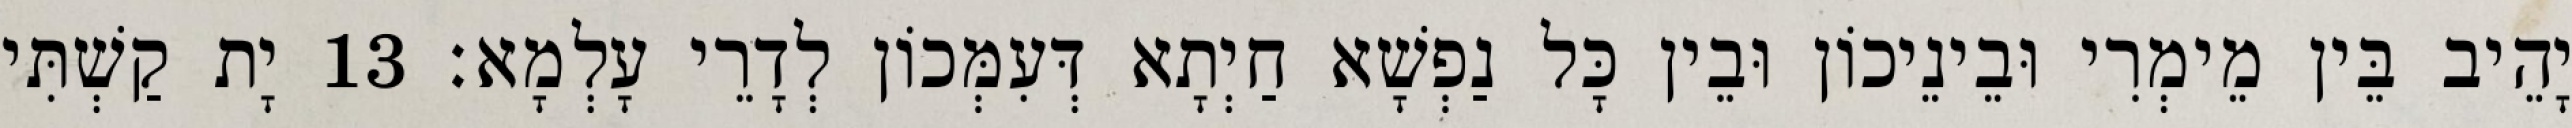
יָהֵיב בֵּין מֵימְרִי וּבֵינֵיכוֹן וּבֵין כָּל נַפְשָׁא חַיְתָא דְּעִמְּכוֹן לְדָרֵי עָלְמָא׃ 13 יָת קַשְׁתִּי